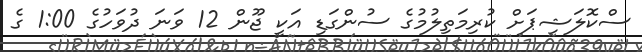
ސްކޮލަޝިޕަށް ކުރިމަތިލުމުގެ ސުންގަޑި އަކީ ޖޫން 12 ވަނަ ދުވަހުގެ 1:00 ގެ